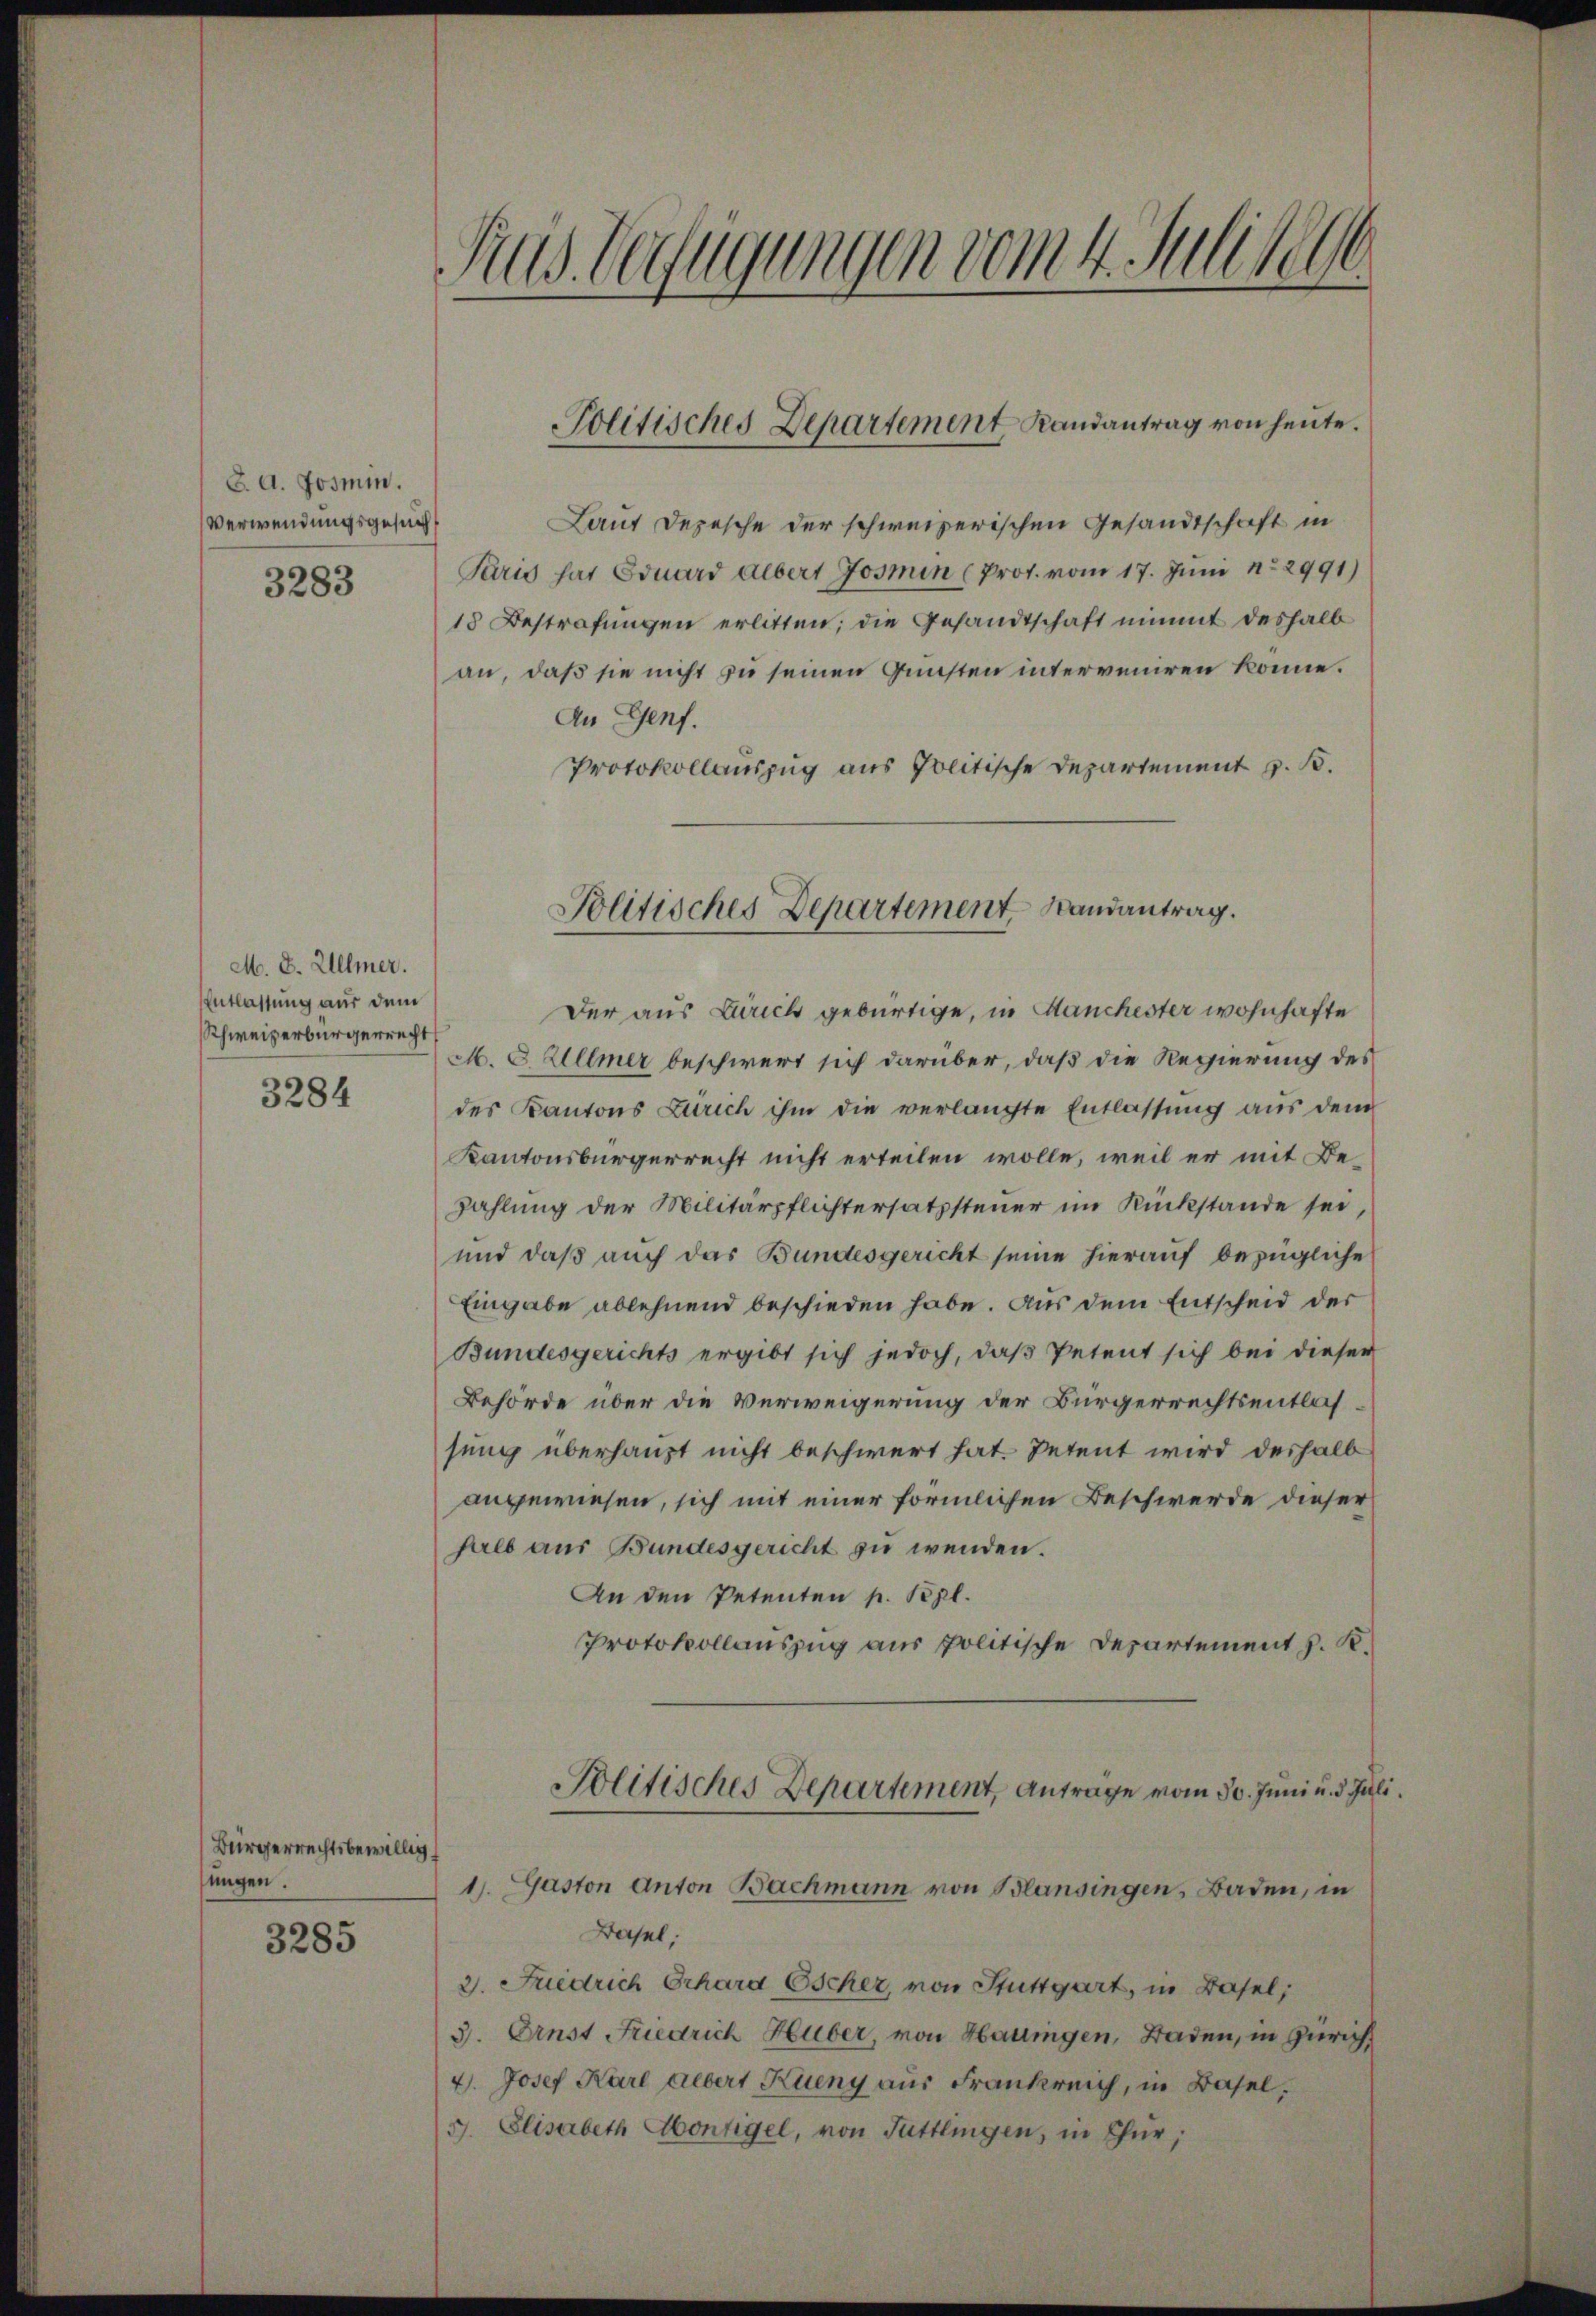
8. d. Josmin.
Verwendungsgesucht

3283

M. D. Ullmer.
Entlassung aus dem
Schweizerbürgerrecht

3284

Bürgerrechtsbewillig
sungen.

3285

Rus. Verfügungen vom 4. Juli 1890

Laut Depesche der schweizerischen Gesandtschaft in
Paris hat Eduard albert Josmen (Prot. vom 17. Juni 12991)
18 Bestrafungen erlitten; die Gesandtschaft nimmt deshalb
an, daß sie nicht zu seinen Gunsten interveniren könne.
An Genf.
Protokollauszug aus Politische Departement z. B.

Politisches Departement Landantrag von heute.

Politisches Departement Randantrag.

Der aus Zürich gebürtige, in Manchester wohnhafte
M. 8. Ullmer beschwert sich darüber, daß die Regierung des
des Kantons Zürich ihm die verlangte Entlassŭng aus dem
Kantonsbürgerrecht nicht erteilen wolle, weil er mit Be¬
Zahlung der Militärpflichtersatzsteuer im Rückstande sei,
und daß auch das Bundesgericht seine hierauf bezügliche
Eingabe ablehnend beschieden habe. Aus dem Entscheid der
Bundesgerichts ergibt sich jedoch, daß Petent sich bei dieser
Behörde über die Verweigerung der Bürgerrechtsentlassung überhaupt nicht beschwert hat. Petent wird deshalb
angewiesen, sich mit einer förmlichen Beschwerde dieser
halb aus Bundesgericht zu wenden.
An den Petenten p. Pepl.
Protokollauszug aus politische Departement J. K.
Politisches Departement, Antrage vom 30. Juni u. d. Juli.
1). Gaston Anton Bachmann von Blansingen, Baden, in
Basel,
2. Friedrich Erhara Escher, von Stuttgart, in Basel,
3. Ernst Friedrich Huber, von Hadlingen, Baden, in Zürich
4). Josef Karl Albert Kueny aus Frankreich, in Basel,
G. Elisabeth Hontigel, von Tuttlingen, in Thür;